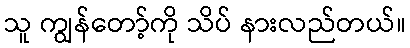
သူ ကျွန်တော့်ကို သိပ် နားလည်တယ်။